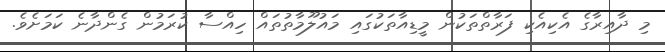
މި ދާއިރާގެ އެކިއެކި ފަރާތްތަކުން މީޑިއާތަކުގައި މައުލޫމާތުތައް ހިއްސާ ކުރަމުން ގެންދާނެ ކަމަށެވެ.